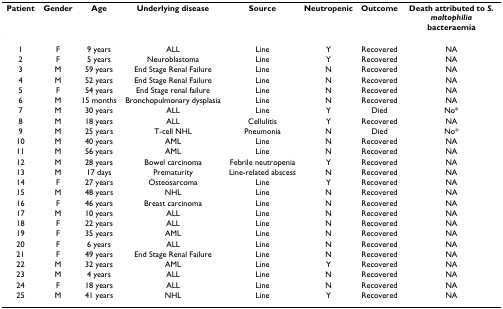
<table><thead><tr><td><b>Patient</b></td><td><b>Gender</b></td><td><b>Age</b></td><td><b>Underlying disease</b></td><td><b>Source</b></td><td><b>Neutropenic</b></td><td><b>Outcome</b></td><td><b>Death attributed to <i>S. maltophilia </i>bacteraemia</b></td></tr></thead><tbody><tr><td>1</td><td>F</td><td>9 years</td><td>ALL</td><td>Line</td><td>Y</td><td>Recovered</td><td>NA</td></tr><tr><td>2</td><td>F</td><td>5 years</td><td>Neuroblastoma</td><td>Line</td><td>Y</td><td>Recovered</td><td>NA</td></tr><tr><td>3</td><td>M</td><td>59 years</td><td>End Stage Renal Failure</td><td>Line</td><td>N</td><td>Recovered</td><td>NA</td></tr><tr><td>4</td><td>M</td><td>52 years</td><td>End Stage Renal Failure</td><td>Line</td><td>N</td><td>Recovered</td><td>NA</td></tr><tr><td>5</td><td>F</td><td>54 years</td><td>End Stage renal failure</td><td>Line</td><td>N</td><td>Recovered</td><td>NA</td></tr><tr><td>6</td><td>M</td><td>15 months</td><td>Bronchopulmonary dysplasia</td><td>Line</td><td>N</td><td>Recovered</td><td>NA</td></tr><tr><td>7</td><td>M</td><td>30 years</td><td>ALL</td><td>Line</td><td>Y</td><td>Died</td><td>No*</td></tr><tr><td>8</td><td>M</td><td>18 years</td><td>ALL</td><td>Cellulitis</td><td>Y</td><td>Recovered</td><td>NA</td></tr><tr><td>9</td><td>M</td><td>25 years</td><td>T-cell NHL</td><td>Pneumonia</td><td>N</td><td>Died</td><td>No*</td></tr><tr><td>10</td><td>M</td><td>40 years</td><td>AML</td><td>Line</td><td>N</td><td>Recovered</td><td>NA</td></tr><tr><td>11</td><td>M</td><td>56 years</td><td>AML</td><td>Line</td><td>N</td><td>Recovered</td><td>NA</td></tr><tr><td>12</td><td>M</td><td>28 years</td><td>Bowel carcinoma</td><td>Febrile neutropenia</td><td>Y</td><td>Recovered</td><td>NA</td></tr><tr><td>13</td><td>M</td><td>17 days</td><td>Prematurity</td><td>Line-related abscess</td><td>N</td><td>Recovered</td><td>NA</td></tr><tr><td>14</td><td>F</td><td>27 years</td><td>Osteosarcoma</td><td>Line</td><td>Y</td><td>Recovered</td><td>NA</td></tr><tr><td>15</td><td>M</td><td>48 years</td><td>NHL</td><td>Line</td><td>N</td><td>Recovered</td><td>NA</td></tr><tr><td>16</td><td>F</td><td>46 years</td><td>Breast carcinoma</td><td>Line</td><td>N</td><td>Recovered</td><td>NA</td></tr><tr><td>17</td><td>M</td><td>10 years</td><td>ALL</td><td>Line</td><td>N</td><td>Recovered</td><td>NA</td></tr><tr><td>18</td><td>F</td><td>22 years</td><td>ALL</td><td>Line</td><td>N</td><td>Recovered</td><td>NA</td></tr><tr><td>19</td><td>F</td><td>35 years</td><td>AML</td><td>Line</td><td>N</td><td>Recovered</td><td>NA</td></tr><tr><td>20</td><td>F</td><td>6 years</td><td>ALL</td><td>Line</td><td>N</td><td>Recovered</td><td>NA</td></tr><tr><td>21</td><td>F</td><td>49 years</td><td>End Stage Renal Failure</td><td>Line</td><td>N</td><td>Recovered</td><td>NA</td></tr><tr><td>22</td><td>M</td><td>32 years</td><td>AML</td><td>Line</td><td>Y</td><td>Recovered</td><td>NA</td></tr><tr><td>23</td><td>M</td><td>4 years</td><td>ALL</td><td>Line</td><td>N</td><td>Recovered</td><td>NA</td></tr><tr><td>24</td><td>F</td><td>18 years</td><td>ALL</td><td>Line</td><td>N</td><td>Recovered</td><td>NA</td></tr><tr><td>25</td><td>M</td><td>41 years</td><td>NHL</td><td>Line</td><td>Y</td><td>Recovered</td><td>NA</td></tr></tbody></table>